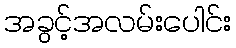
အခွင့်အလမ်းပေါင်း